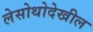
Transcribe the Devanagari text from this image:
लेसोथोदेखील